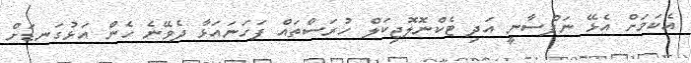
އެކަމަށް އެޅޭ ނަފްސާނީ އަދި ޓެކްނޮލޮޖިކަލް ހުރަސްތައް ފަހަނައަޅާ ދެވޭނެ ހެން އަޅުގަނޑަށް